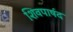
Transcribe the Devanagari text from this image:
शिवपार्षद